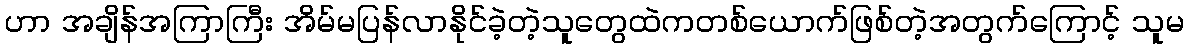
ဟာ အချိန်အကြာကြီး အိမ်မပြန်လာနိုင်ခဲ့တဲ့သူတွေထဲကတစ်ယောက်ဖြစ်တဲ့အတွက်ကြောင့် သူမ